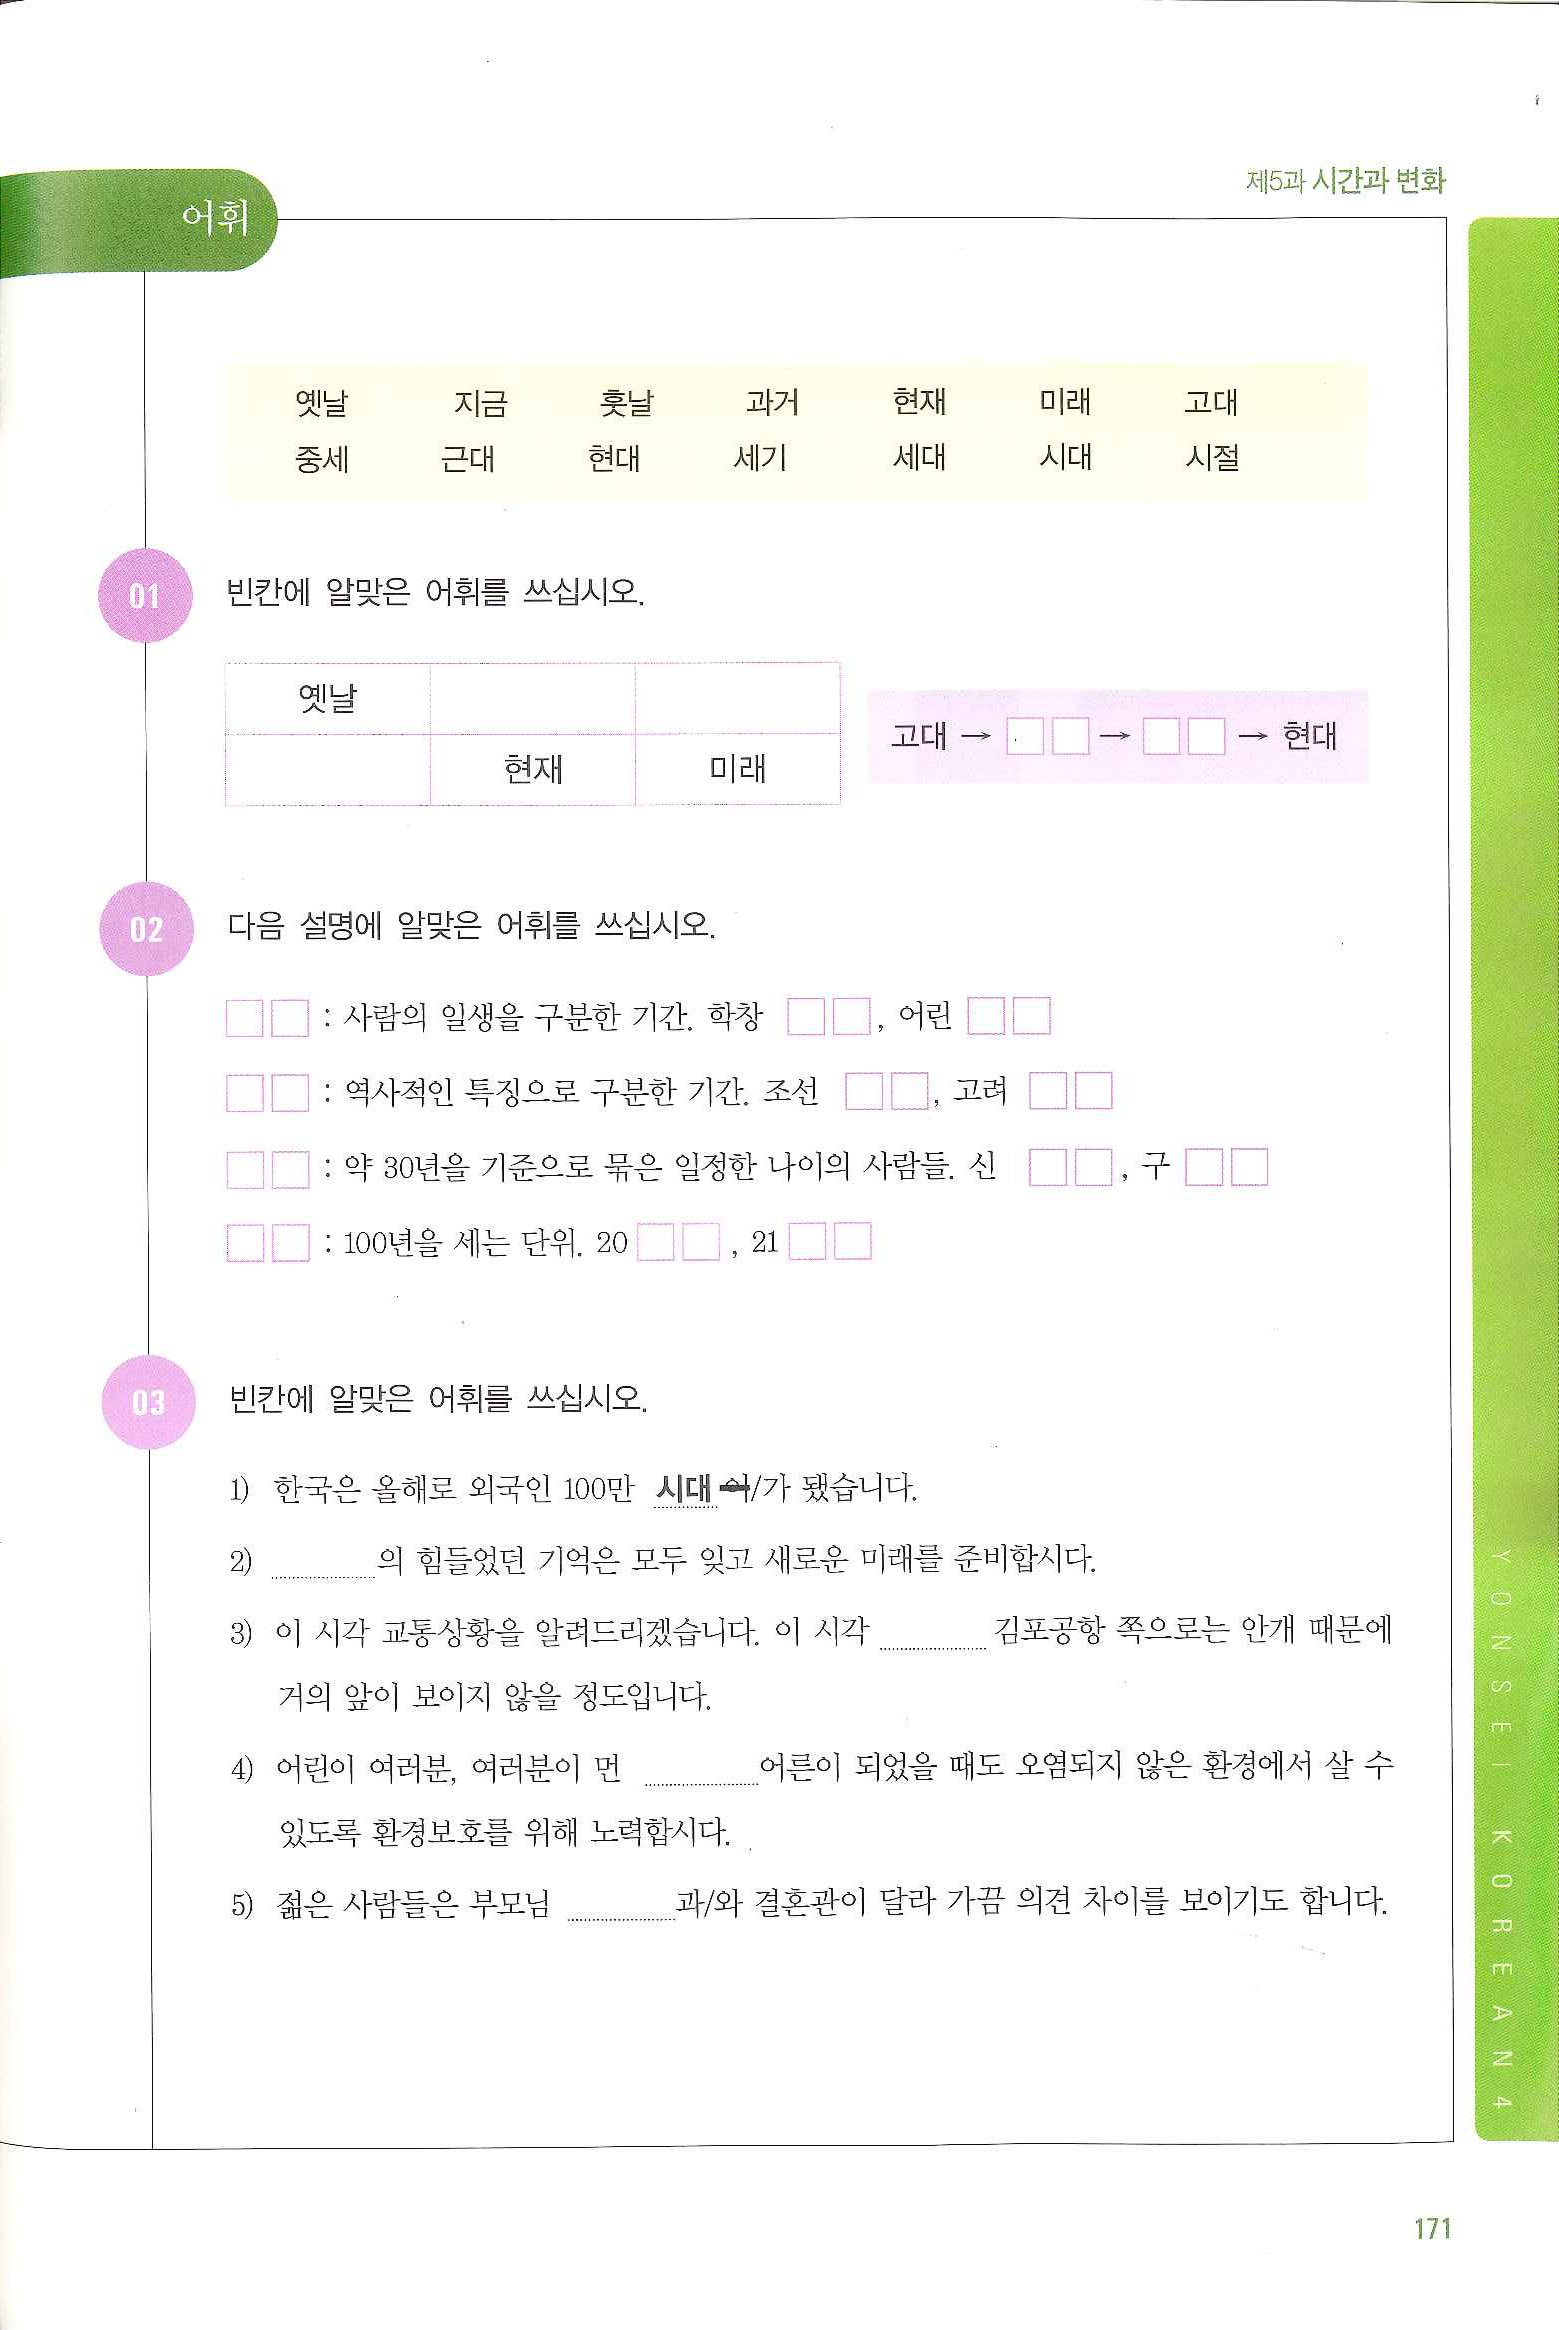
Language: ko